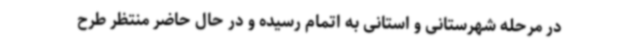
در مرحله شهرستانی و استانی به اتمام رسیده و در حال حاضر منتظر طرح